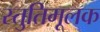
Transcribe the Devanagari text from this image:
स्तुतिमूलक